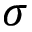
\sigma